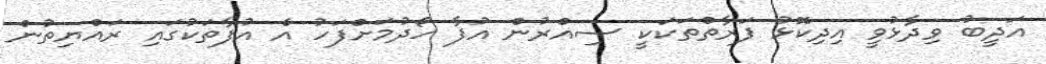
އަދީބު ވިދާޅުވީ އިދިކޮޅު ފަރާތްތަކަކީ ސިއްރުން އުފާ ހޯދުމަށްފަހު އެ އުފާތަކުގައި ރައްޔިތުން